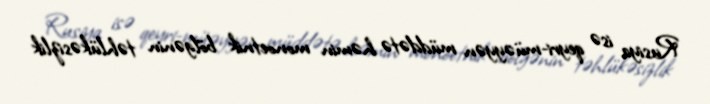
Rusiya isə qeyri-müəyyən müddətə həmin monoetnik bölgənin təhlükəsizlik